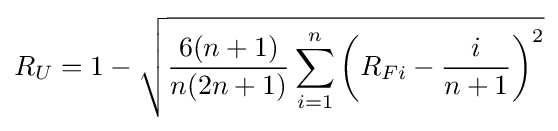
R_{U}=1-{\sqrt {{\frac {6(n+1)}{n(2n+1)}}\sum _{i=1}^{n}{\left(R_{Fi}-{\frac {i}{n+1}}\right)^{2}}}}